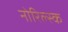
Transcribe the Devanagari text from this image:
नोरिल्स्क